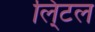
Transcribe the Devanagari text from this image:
लि्टल